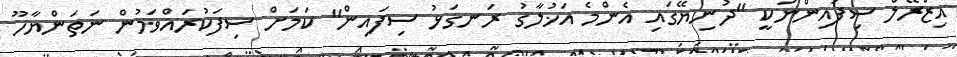
އިޒްރޭލް ސިފައިންނަކީ "ދުނިޔޭގައި އެންމެ އަޚުލާގު ރަނގަޅު ސިފައިން" ކަމަށް ސިފަކުރައްވަމުން ނަތަންޔާހޫ